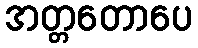
အတ္တတောပေ